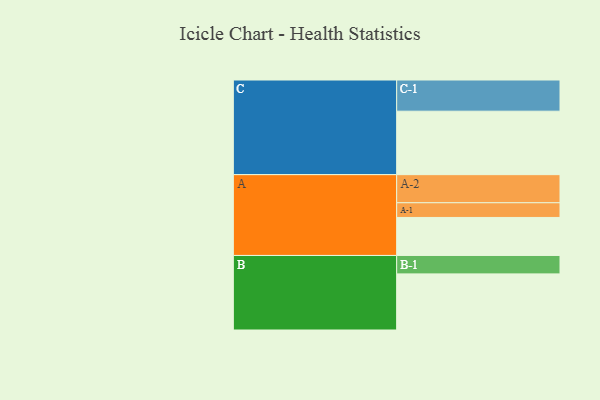
{"axis": {"x": "Segment", "y": "Value"}, "legend": ["", "A", "B", "C"], "data": [{"x": "A", "y": 357, "type": ""}, {"x": "B", "y": 527, "type": ""}, {"x": "C", "y": 596, "type": ""}, {"x": "A-1", "y": 138, "type": "A"}, {"x": "A-2", "y": 264, "type": "A"}, {"x": "B-1", "y": 173, "type": "B"}, {"x": "C-1", "y": 293, "type": "C"}]}